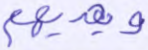
ويهديهم